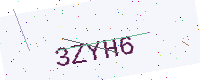
Text: 3ZYH6